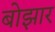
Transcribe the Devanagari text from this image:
बोझार